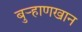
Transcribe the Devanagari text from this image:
बुर्‍हाणखान